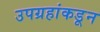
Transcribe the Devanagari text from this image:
उपग्रहांकडून